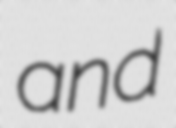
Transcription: and